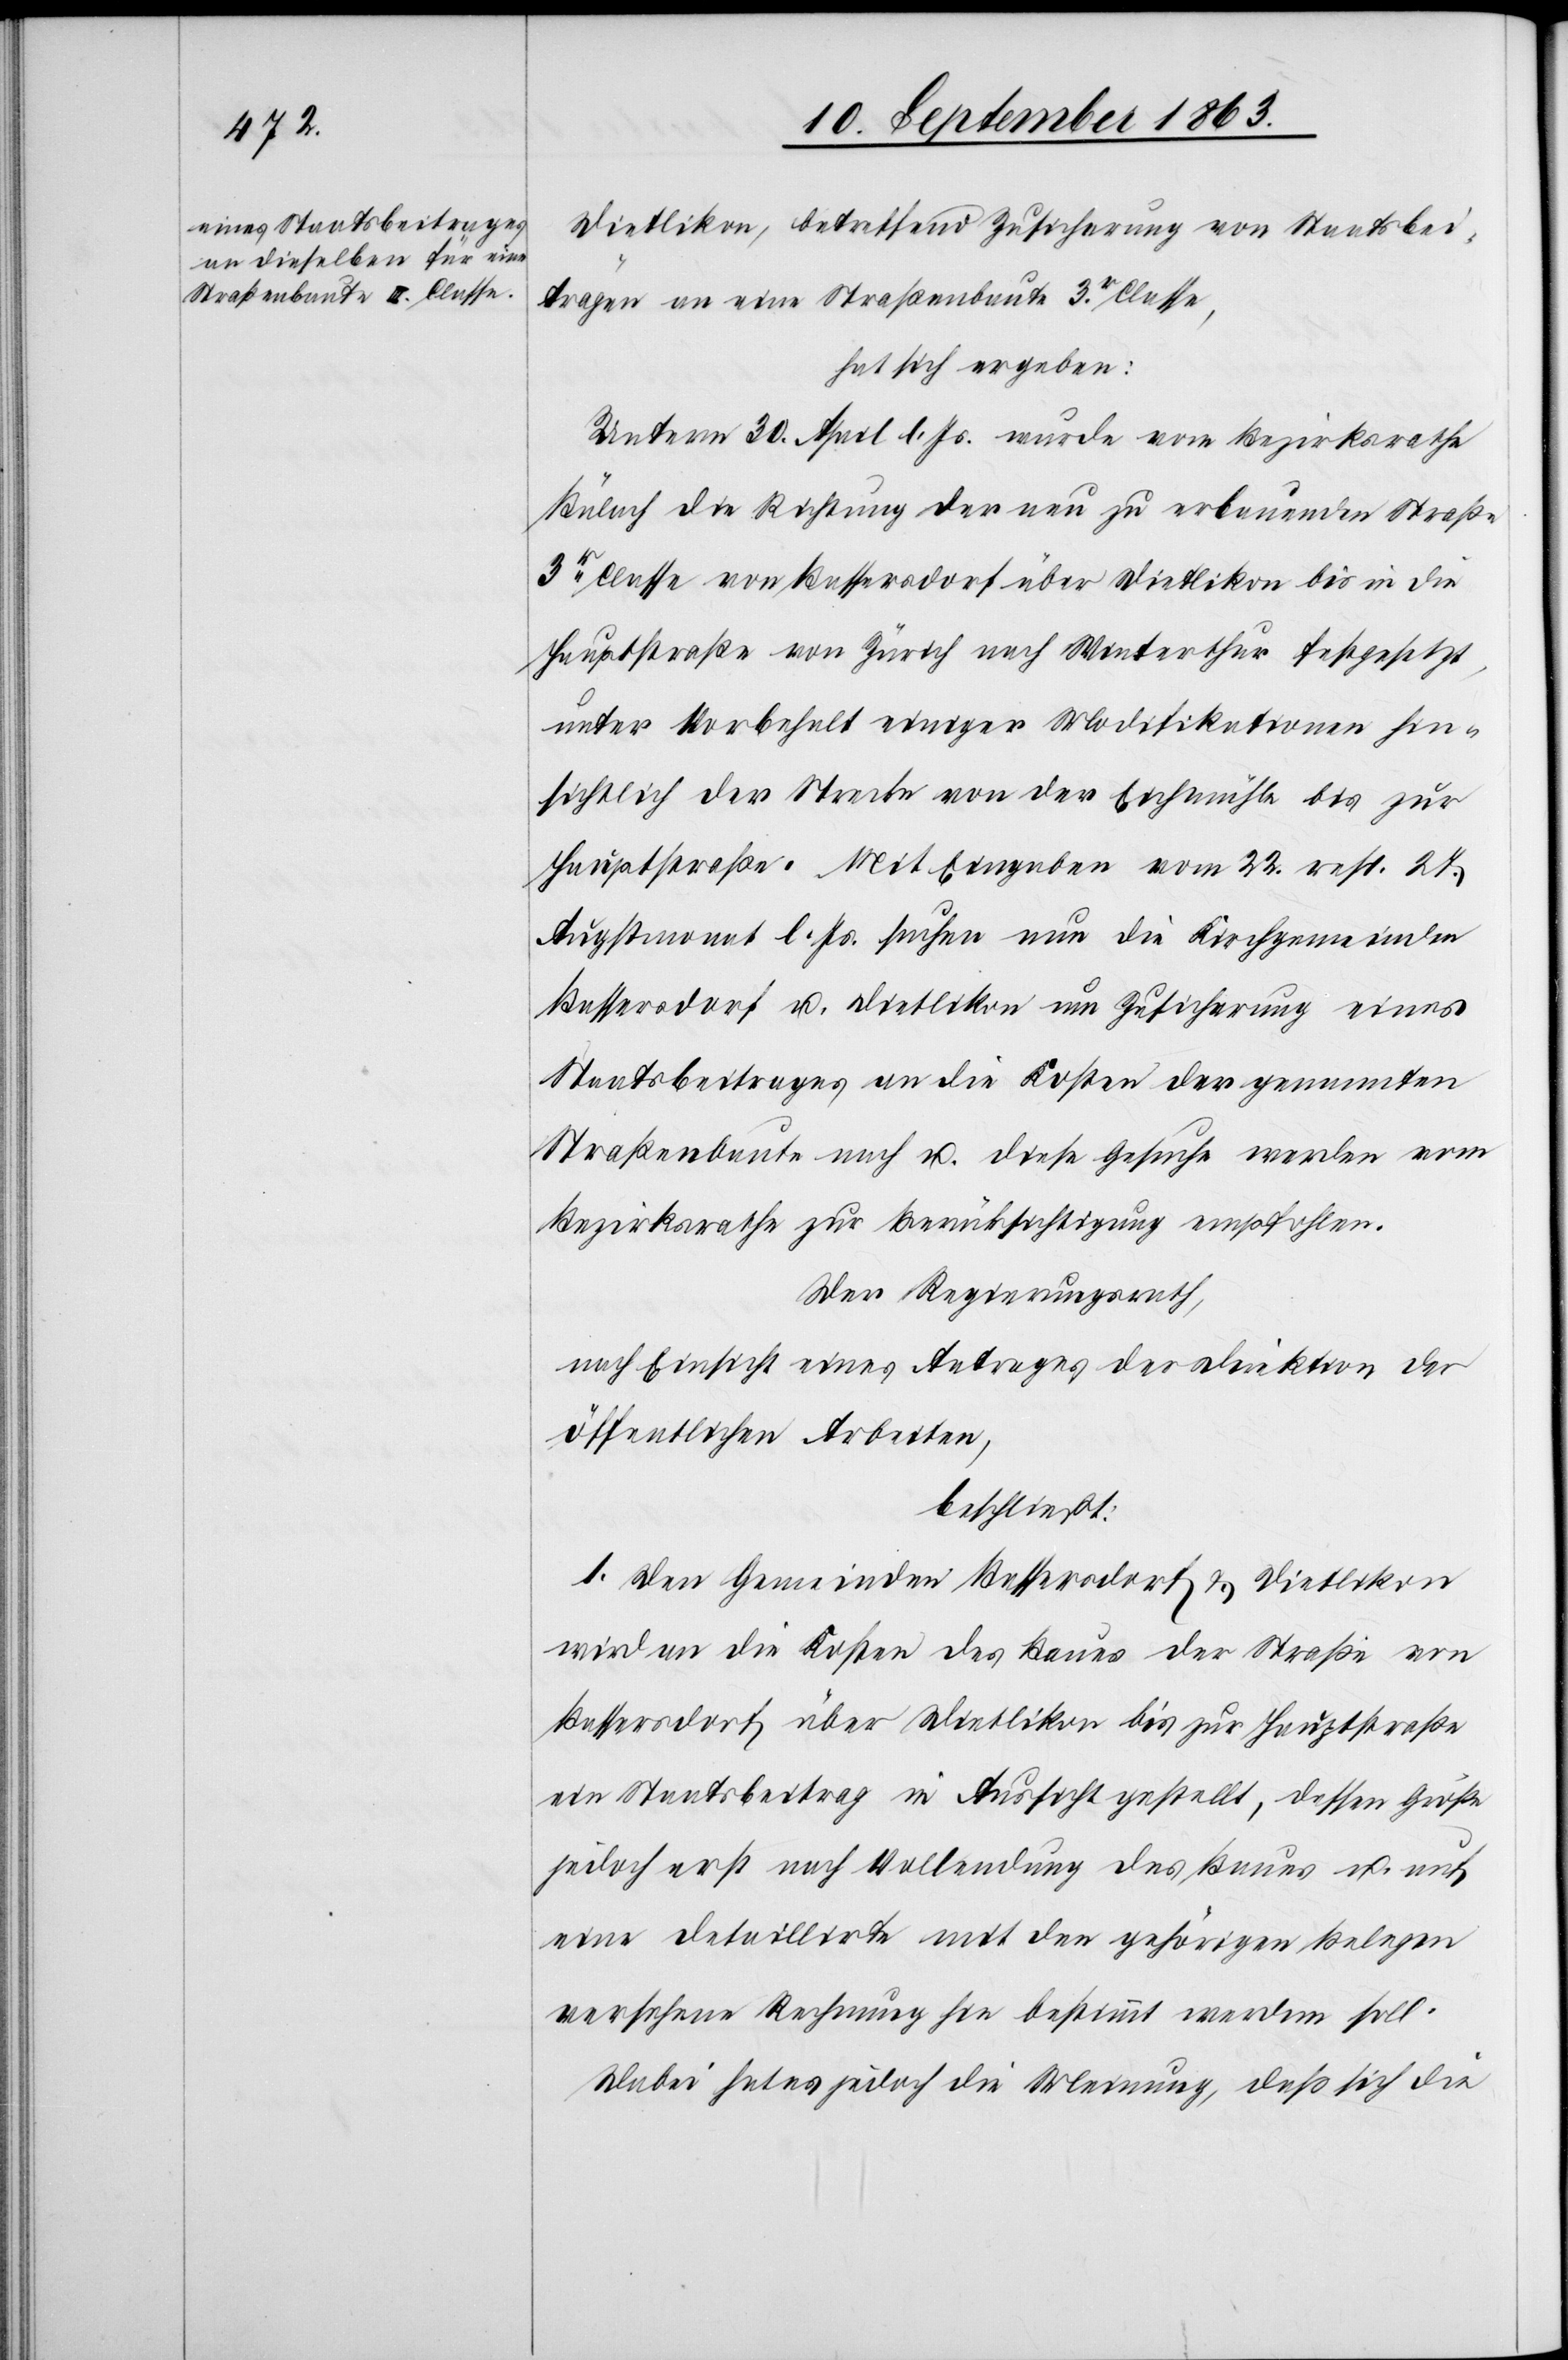
Dietlikon, betreffend Zusicherung von Staatsbei¬
trägen an eine Straßenbaute 3r. Classe,
hat sich ergeben:
Unterm 30. April l. Js. wurde vom Bezirksrathe
Bülach die Richtung der neu zu erbauenden Straße
3r Classe von Bassersdorf über Dietlikon bis in die
Hauptstraße von Zürich nach Winterthur festgesetzt,
unter Vorbehalt einiger Modifikationen hin¬
sichtlich der Strecke von der Eichmühle bis zur
Hauptstraße. Mit Eingaben vom 22. resp. 27.
Augstmonat l. Js. suchen nun die Kirchgemeinden
Bassersdorf u. Dietlikon um Zusicherung eines
Staatsbeitrages an die Kosten der genannten
Straßenbaute nach u. diese Gesuche werden vom
Bezirksrathe zur Berücksichtigung empfohlen.
Der Regierungsrath,
nach Einsicht eines Antrages der Direktion der
öffentlichen Arbeiten,
beschließt:
1. Den Gemeinden Bassersdorf & Dietlikon
wird an die Kosten des Baues der Straße von
Bassersdorf über Dietlikon bis zur Hauptstraße
ein Staatsbeitrag in Aussicht gestellt, dessen Größe
jedoch erst nach Vollendung des Baues u. auf
eine detaillirte mit den gehörigen Belegen
versehene Rechnung hin bestimmt werden soll.
Dabei hat es jedoch die Meinung, daß sich die